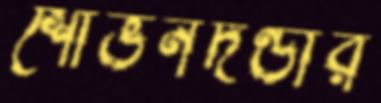
শোভনদণ্ডীর